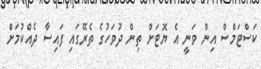
ކަސްޓަމްސް އިން ވަނީ އެ ޔޮޓަށް ތިން ދުވަހުގެ ތެރޭގައި ފައިސާ ދެއްކުމަށް